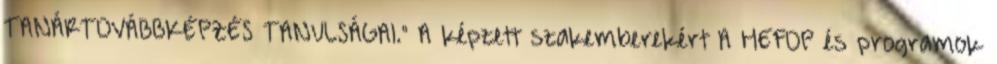
TANÁRTOVÁBBKÉPZÉS TANULSÁGAI." A képzett szakemberekért A HEFOP és programok